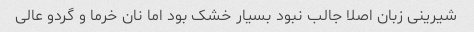
شیرینى زبان اصلا جالب نبود بسیار خشک بود اما نان خرما و گردو عالى